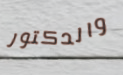
والدكتور